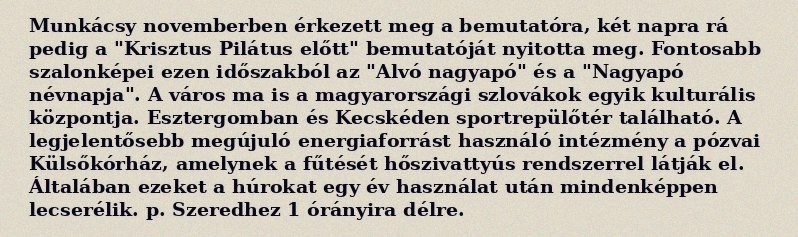
Munkácsy novemberben érkezett meg a bemutatóra, két napra rá pedig a "Krisztus Pilátus előtt" bemutatóját nyitotta meg. Fontosabb szalonképei ezen időszakból az "Alvó nagyapó" és a "Nagyapó névnapja". A város ma is a magyarországi szlovákok egyik kulturális központja. Esztergomban és Kecskéden sportrepülőtér található. A legjelentősebb megújuló energiaforrást használó intézmény a pózvai Külsőkórház, amelynek a fűtését hőszivattyús rendszerrel látják el. Általában ezeket a húrokat egy év használat után mindenképpen lecserélik. p. Szeredhez 1 órányira délre.